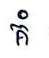
គំ